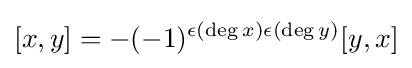
[x,y]=-(-1)^{\epsilon (\deg x)\epsilon (\deg y)}[y,x]